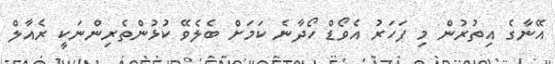
އޭނާގެ އިތުރުން މި ފަހަރު އެވޯޑް ހޯދާނެ ކަމަށް ބެލެވޭ ކުޅުންތެރިންނަކީ ރެއާލް